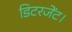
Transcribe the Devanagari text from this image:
डिटरजेंट।